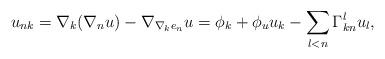
LaTeX: \begin{align*}u_{nk} = \nabla_k(\nabla_n u) - \nabla_{\nabla_k e_n}u = \phi_k + \phi_u u_k -\sum_{l<n} \Gamma_{kn}^l u_l,\end{align*}